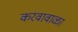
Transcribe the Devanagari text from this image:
करवावाळा